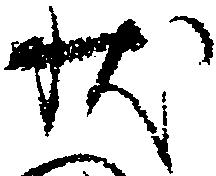
状